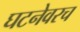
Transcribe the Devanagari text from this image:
घटनेवरच